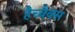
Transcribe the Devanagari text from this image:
हैच्बैक्स